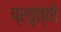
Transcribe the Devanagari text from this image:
प्रवृत्तो